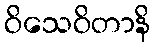
ဝိသေဝိတာနိ